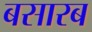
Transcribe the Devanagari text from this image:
बसारब